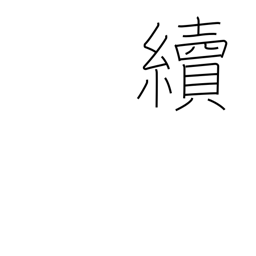
Meaning: carry on